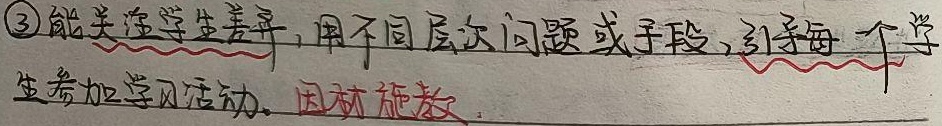
\textcircled{3}能关注学生差异，用不同层次问题或手段，引导每一个学生参加学习活动。因材施教。